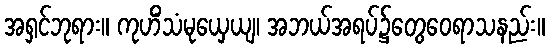
အရှင်ဘုရား။ ကုဟိံသံမုယှေယျ၊ အဘယ်အရပ်၌တွေဝေရာသနည်း။